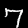
Label: 7